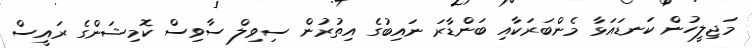
މަޖިލީހުން ކަނޑައަޅާ މެންބަރަކާއި ބަންޑާރަ ނައިބުގެ އިތުރުން ސިވިލް ސާވިސް ކޮމިޝަންގެ ރައީސް